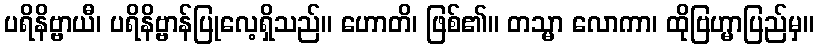
ပရိနိဗ္ဗာယီ၊ ပရိနိဗ္ဗာန်ပြုလေ့ရှိသည်။ ဟောတိ၊ ဖြစ်၏။ တသ္မာ လောကာ၊ ထိုဗြဟ္မာပြည်မှ။